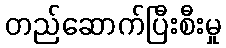
တည်ဆောက်ပြီးစီးမှု